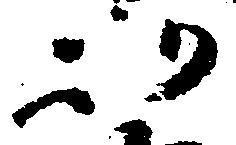
以